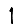
Digit: 1